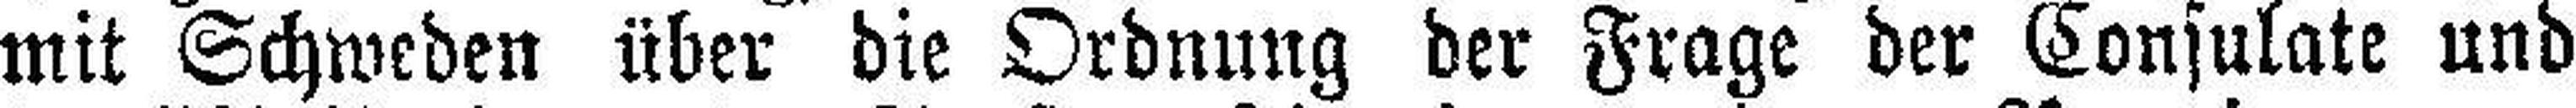
mit Schweden über die Ordnung der Frage der Consulate und